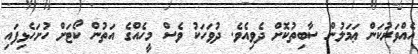
އެއްވަރުކަން ޢަމަލުން ސާބިތުކޮށް ދެވިއެވެ. ދުވަހަކު ވެސް މީހެއްގެ އަތުން ކޯޓަށް ހުށަހެޅިފައި